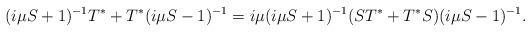
\begin{align*}(i\mu S+1)^{-1}T^*+T^*(i\mu S-1)^{-1}=i\mu(i\mu S+1)^{-1}(ST^*+T^*S)(i\mu S-1)^{-1}.\end{align*}